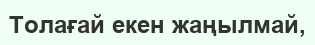
Толағай екен жаңылмай,